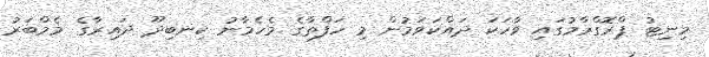
މިނިޓު ޕްރޮގްރާމުގައި ވާހަކަ ދައްކަވަމުން މި ހަފްތާގެ މެހެމާނު ކިނބިދޫ ދައިރާގެ މެމްބަރު